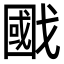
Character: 𢧷